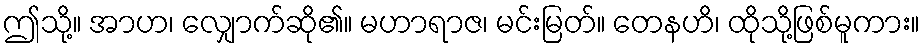
ဤသို့။ အာဟ၊ လျှောက်ဆို၏။ မဟာရာဇ၊ မင်းမြတ်။ တေနဟိ၊ ထိုသို့ဖြစ်မူကား။